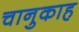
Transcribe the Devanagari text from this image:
चानुकाह